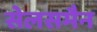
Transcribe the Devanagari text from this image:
सेलसमैन